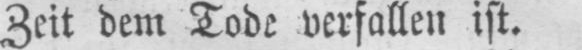
Zeit dem Tode verfallen ist.